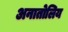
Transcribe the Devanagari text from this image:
अनातोलिय